Papers set at the Examination for Leaving Certificates, 1891
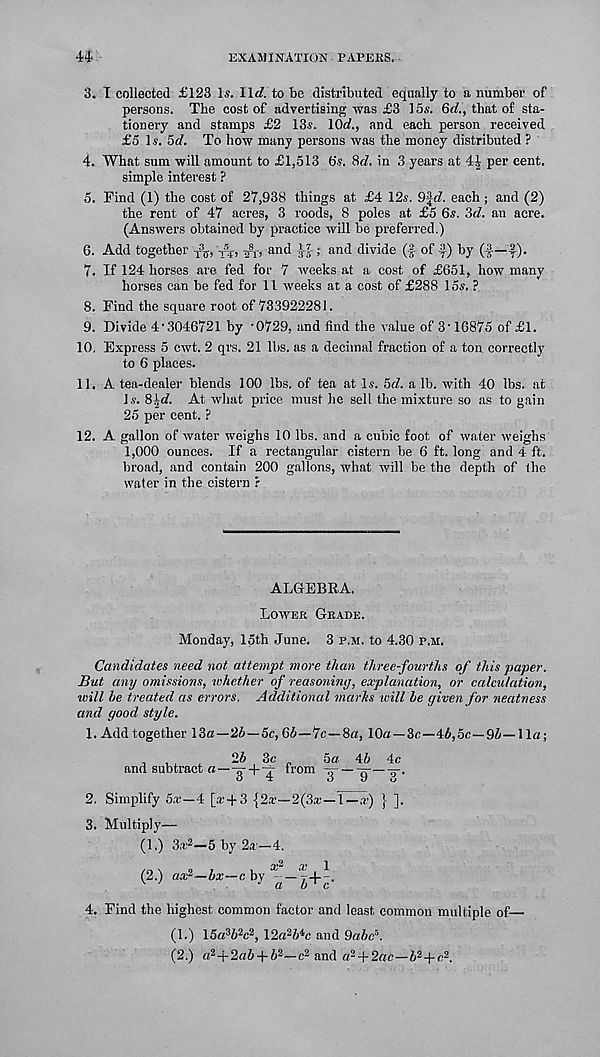
EXAMINATION PAPERS.
44
3. T collected £123 Is. 11c?. to be distributed equally to a number of
persons. The cost of advertising was £3 15s. 6c?., that of sta-
tionery and stamps £2 13s. 10c?., and each person received
£5 Is. 5c?. To how many persons was the money distributed ?
4. What sum will amount to £1,513 6s. 8c?. in 3 years at 41 per cent.
simple interest ?
5. Find (1) the cost of 27,938 things at £4 12s. 9^d. each ; and (2)
the rent of 47 acres, 3 roods, 8 poles at £5 6s. 3d. an acre.
(Answers obtained by practice will be preferred.)
6. Add together -ft, V 5 *, ^r, and if ; and divide (f of f) by (f—|).
7. If 124 horses are fed for 7 weeks at a cost of £651, how many
horses can be fed for 11 weeks at a cost of £288 los. ?
8. Find the square root of 733922281.
9. Divide 4'3046721 by '0729, and find the value of 3'16875 of £1.
10. Express 5 cwt. 2 qrs. 21 lbs. as a decimal fraction of a ton correctly
to 6 places.
11. A tea-dealer blends 100 lbs. of tea at Is. 5d. a lb. with 40 lbs. at
Is. 81c?. At what price must he sell the mixture so as to gain
25 per cent. P
12. A gallon of water weighs 10 lbs. and a cubic foot of water weighs
1,000 ounces. If a rectangular cistern be 6 ft. long and 4- ft.
broad, and contain 200 gallons, what will be the depth of the
water in the cistern r
ALGEBRA.
Lower Grade.
Monday, 15th June. 3 p.m. to 4.30 p.m.
Candidates need not attempt more than three-fourths of this paper.
But any omissions, whether of reasoning, explanation, or calculation,
will he treated as errors. Additional marks will he given for neatness
and good style.
1. Add together 13a—26—5c, 66—^ic—Sa, 10a —3c—46,5c—96—1 la;
.
26 3c
5a Ah 4c
and subtract a—g’+'q from 'jr —Tj—w
2. Simplify 5.r—4 [*-1-3 {2*—2(3*—1—.r) } ].
3. Multiply—
(1.) 3* 2 —5 by 2*—4.
(2.) a* 2 —6*—c by * — y4--.
v 7
J a h ' c
4. Find the highest common factor and least common multiple of
(1.) 15a 3 6 2 c 2 , 12a 2 6 4 c and 9ahc r ‘.
(2.) a 2 +2a64-6 2 —e 2 and a 2 + 2ae—6 2 + c 2 .